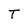
Character: T